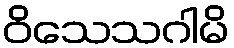
ဝိသေသဂါမိ